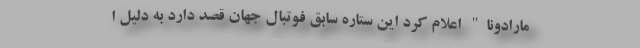
مارادونا" اعلام کرد این ستاره سابق فوتبال جهان قصد دارد به دلیل ا